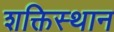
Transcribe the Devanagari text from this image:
शक्तिस्थान